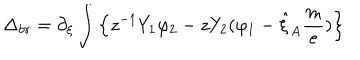
\Delta _ { b r } = \partial _ { \xi } \int \left\{ z ^ { - 1 } Y _ { 1 } \varphi _ { 2 } - z Y _ { 2 } ( \varphi _ { 1 } - \hat { \xi } _ { A } \frac { m } { e } ) \right\}